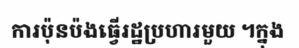
ការប៉ុនប៉ងធ្វើរដ្ឋប្រហារមួយ ។ក្នុង